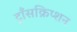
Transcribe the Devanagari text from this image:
ट्राँसक्रिप्शन